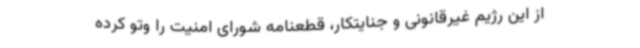
از این رژیم غیرقانونی و جنایتکار، قطعنامه شورای امنیت را وتو کرده